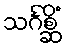
သင်္ဂစ္ဆိံ